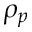
\rho _ { p }